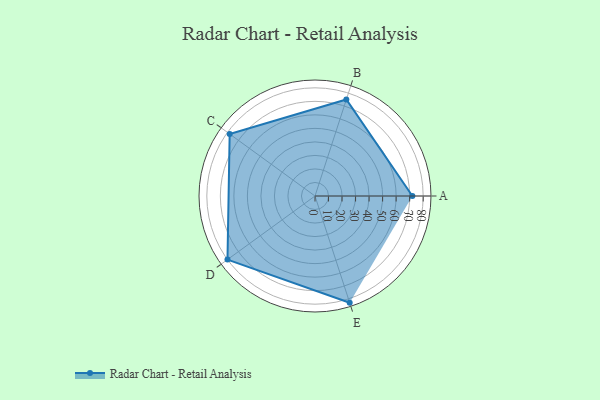
{"axis": {"x": "Skill", "y": "Score"}, "legend": ["Profile"], "data": [{"x": "A", "y": 72.0, "type": "Profile"}, {"x": "B", "y": 75.0, "type": "Profile"}, {"x": "C", "y": 78.0, "type": "Profile"}, {"x": "D", "y": 80.0, "type": "Profile"}, {"x": "E", "y": 83.0, "type": "Profile"}]}